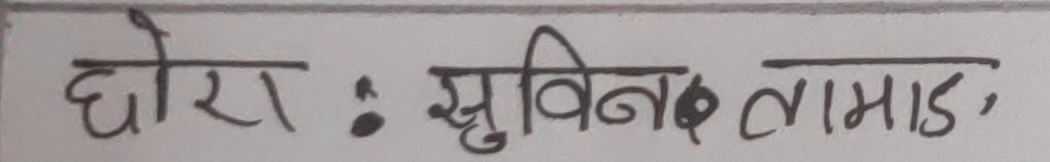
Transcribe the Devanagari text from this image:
घेरा : सुविनक लामाङ,